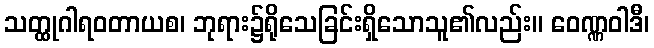
သတ္ထုဂါရဝတာယစ၊ ဘုရား၌ရိုသေခြင်းရှိသောသူ၏လည်း။ ဝေဏ္ဏဝါဒီ၊